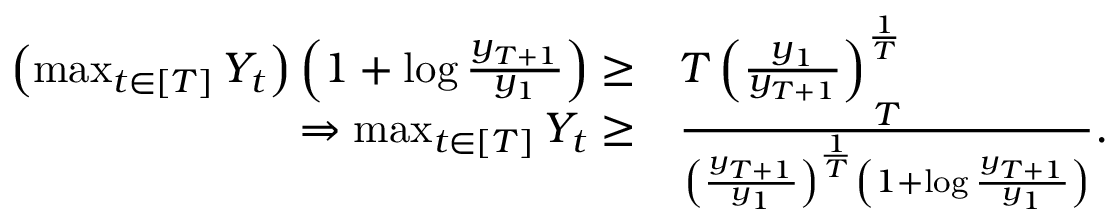
\begin{array} { r l } { \left( \operatorname* { m a x } _ { t \in \left[ T \right] } Y _ { t } \right) \left( 1 + \log \frac { y _ { T + 1 } } { y _ { 1 } } \right) \geq } & { T \left( \frac { y _ { 1 } } { y _ { T + 1 } } \right) ^ { \frac { 1 } { T } } } \\ { \Rightarrow \operatorname* { m a x } _ { t \in \left[ T \right] } Y _ { t } \geq } & { \frac { T } { \left( \frac { y _ { T + 1 } } { y _ { 1 } } \right) ^ { \frac { 1 } { T } } \left( 1 + \log \frac { y _ { T + 1 } } { y _ { 1 } } \right) } . } \end{array}